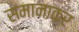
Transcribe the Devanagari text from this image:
समानाकर